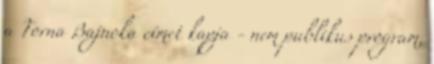
a Torna Bajnoka címet kapja - nem publikus program,